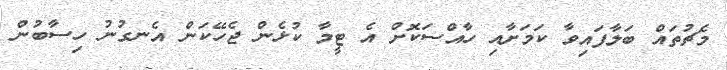
މެޗުތައް ބަލާފައިވާ ކަމަށާއި ހާއްސަކޮށް އެ ޓީމާ ކުޅެން ޖެހޭކަން އެނގުނު ހިސާބުން